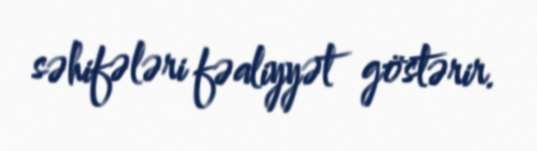
səhifələri fəaliyyət göstərir.